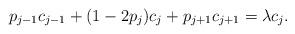
LaTeX: \begin{align*} p_{j-1}c_{j-1}+(1-2p_j)c_j+p_{j+1}c_{j+1}=\lambda c_j. \end{align*}